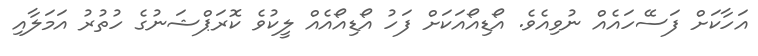
އަހާކަށް ފަސޭހައެއް ނުވިއެވެ. އޯޑިއޯއަކަށް ފަހު އޯޑިއޯއެއް ލީކުވެ ކޮރަޕްޝަނުގެ ހުތުރު އަމަލާއި